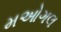
મઓગલ